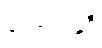
ယောပါနုဒီ